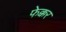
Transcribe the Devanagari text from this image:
फेक्कर